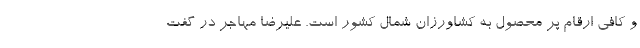
و کافی ارقام پر محصول به کشاورزان شمال کشور است. علیرضا مهاجر در گفت